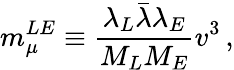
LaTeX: m_{\mu}^{LE}\equiv\frac{\lambda_{L}\bar{\lambda}\lambda_{E}}{M_{L}M_{E}}v^{3}\, ,